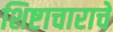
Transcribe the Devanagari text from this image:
शिष्टाचाराचे